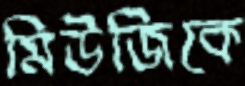
মিউজিকে